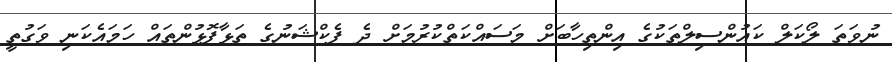
ނުވަތަ ލޯކަލް ކައުންސިލްތަކުގެ އިންތިހާބަށް މަސައްކަތްކުރުމަށް ދެ ފެކްޝަނުގެ ތަޅާފޮޅުންތައް ހަމައެކަނި ވަގުތީ